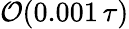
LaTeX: \mathcal{O}(0.001\, \tau)